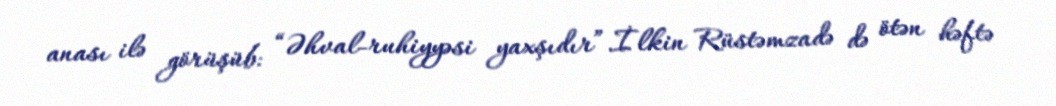
anası ilə görüşüb: “Əhval-ruhiyyəsi yaxşıdır”.İlkin Rüstəmzadə də ötən həftə